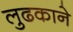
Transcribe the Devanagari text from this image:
लुढकाने